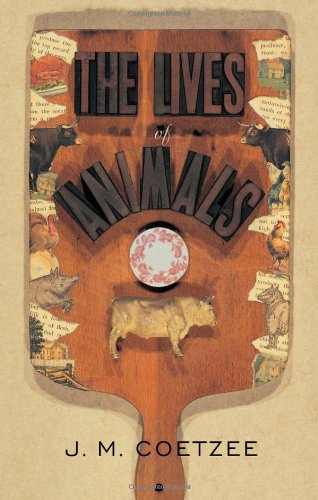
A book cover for The Lives of Animals (The University Center for Human Values Series); J. M. Coetzee; Science & Math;